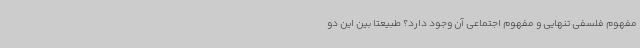
مفهوم فلسفی تنهایی و مفهوم اجتماعی آن وجود دارد؟ طبیعتاً بین این دو